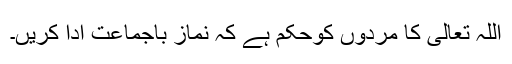
اللہ تعالیٰ کا مردوں کوحکم ہے کہ نماز باجماعت ادا کریں۔